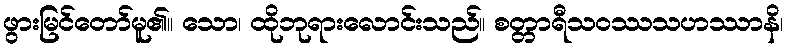
ဖွားမြင်တော်မူ၏။ သော၊ ထိုဘုရားလောင်းသည်။ စတ္တာရီသဝဿသဟဿာနိ၊